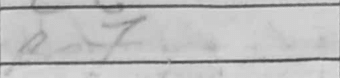
Transcription: Be7